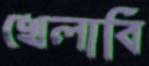
খেলাবি